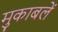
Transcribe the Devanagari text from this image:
मुकाबलें